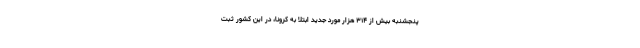
پنجشنبه بیش از ۳۱۴ هزار مورد جدید ابتلا به کرونا، در این کشور ثبت